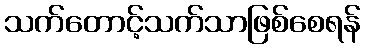
သက်တောင့်သက်သာဖြစ်စေရန်